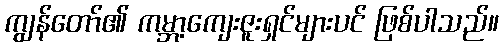
ကျွန်တော်၏ ကမ္ဘာ့ကျေးဇူးရှင်များပင် ဖြစ်ပါသည်။